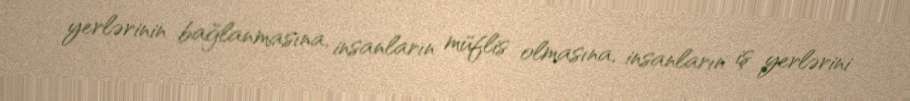
yerlərinin bağlanmasına, insanların müflis olmasına, insanların iş yerlərini